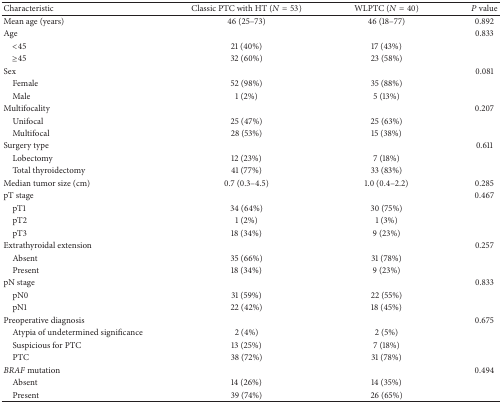
<table><thead><tr><td><b>Characteristic</b></td><td><b>Classic PTC with HT (<i>N</i> = 53)</b></td><td><b>WLPTC (<i>N</i> = 40)</b></td><td><b><i>P</i> value</b></td></tr></thead><tbody><tr><td>Mean age (years)</td><td>46 (25–73)</td><td>46 (18–77)</td><td>0.892</td></tr><tr><td>Age</td><td> </td><td> </td><td>0.833</td></tr><tr><td> &lt;45</td><td>21 (40%)</td><td>17 (43%)</td><td> </td></tr><tr><td> ≥45</td><td>32 (60%)</td><td>23 (58%)</td><td> </td></tr><tr><td>Sex</td><td> </td><td> </td><td>0.081</td></tr><tr><td> Female</td><td>52 (98%)</td><td>35 (88%)</td><td> </td></tr><tr><td> Male</td><td>1 (2%)</td><td>5 (13%)</td><td> </td></tr><tr><td>Multifocality</td><td> </td><td> </td><td>0.207</td></tr><tr><td> Unifocal</td><td>25 (47%)</td><td>25 (63%)</td><td> </td></tr><tr><td> Multifocal</td><td>28 (53%)</td><td>15 (38%)</td><td> </td></tr><tr><td>Surgery type</td><td> </td><td> </td><td>0.611</td></tr><tr><td> Lobectomy</td><td>12 (23%)</td><td>7 (18%)</td><td> </td></tr><tr><td> Total thyroidectomy</td><td>41 (77%)</td><td>33 (83%)</td><td> </td></tr><tr><td>Median tumor size (cm)</td><td>0.7 (0.3–4.5)</td><td>1.0 (0.4–2.2)</td><td>0.285</td></tr><tr><td>pT stage</td><td> </td><td> </td><td>0.467</td></tr><tr><td> pT1</td><td>34 (64%)</td><td>30 (75%)</td><td> </td></tr><tr><td> pT2</td><td>1 (2%)</td><td>1 (3%)</td><td> </td></tr><tr><td> pT3</td><td>18 (34%)</td><td>9 (23%)</td><td> </td></tr><tr><td>Extrathyroidal extension</td><td> </td><td> </td><td>0.257</td></tr><tr><td> Absent</td><td>35 (66%)</td><td>31 (78%)</td><td> </td></tr><tr><td> Present</td><td>18 (34%)</td><td>9 (23%)</td><td> </td></tr><tr><td>pN stage</td><td> </td><td> </td><td>0.833</td></tr><tr><td> pN0</td><td>31 (59%)</td><td>22 (55%)</td><td> </td></tr><tr><td> pN1</td><td>22 (42%)</td><td>18 (45%)</td><td> </td></tr><tr><td>Preoperative diagnosis</td><td> </td><td> </td><td>0.675</td></tr><tr><td> Atypia of undetermined significance</td><td>2 (4%)</td><td>2 (5%)</td><td> </td></tr><tr><td> Suspicious for PTC</td><td>13 (25%)</td><td>7 (18%)</td><td> </td></tr><tr><td> PTC</td><td>38 (72%)</td><td>31 (78%)</td><td> </td></tr><tr><td><i>BRAF</i> mutation</td><td> </td><td> </td><td>0.494</td></tr><tr><td> Absent</td><td>14 (26%)</td><td>14 (35%)</td><td> </td></tr><tr><td> Present</td><td>39 (74%)</td><td>26 (65%)</td><td> </td></tr></tbody></table>